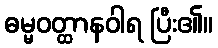
ဓမ္မဝတ္ထာနဝါရ ပြီး၏။